Vaccination in Burma 1912-1922 - 1912-1922
Year: 1912
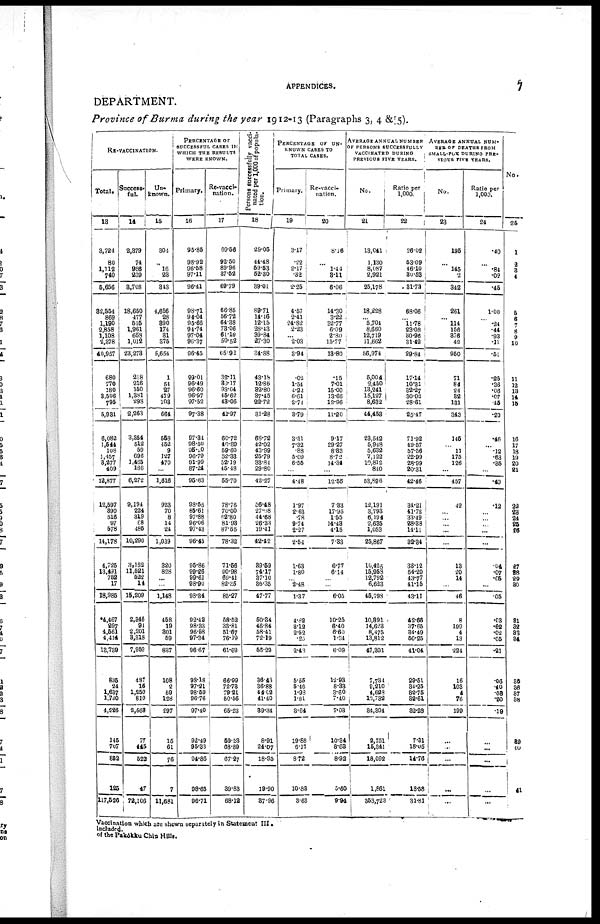
APPENDICES.
7
DEPARTMENT.
Province of Burma during the year 1912-13 (Paragraphs 3, 4 &. 5).
RE-VACCINATION.
Total.
18
3,724
80
1,112
740
5,656
32,554
869
1,190
2,858
1,108
2,378
40,957
680
770
180
8,506
795
5,931
6,082
1,544
108
1,457
3,277
409
12,877
12,597
390
516
97
578
14,178
4,725
13,491
752
17
18,985
*4,467
297
4,561
4,414
13,739
835
24
1,637
1,730
4,226
145
707
852
125
117,526
Success-
ful.
14
2,379
74
986
239
3,708
18,650
477
515
1,961
658
1,012
23,273
218
216
150
1,381
298
2,263
3,354
512
59
696
1,465
186
6,272
9,194
224
319
68
485
10,290
3,162
11,521
522
14
16,209
2,346
91
2,201
3,318
7,959
487
16
1,250
810
2,566
77
445
522
47
72,106
Un-
known.
15
304
...
16
23
343
4,656
28
390
174
31
375
5,654
1
64
27
479
108
664
558
452
9
127
470
...
1,616
923
70
8
14
24
1,039
320
828
...
...
1,148
458
19
301
59
837
108
2
59
128
297
16
61
76
7
11,681
PERCENTAGE OF
SUCCESSFUL CASES IN
WHICH THE RESULTS
WERE KNOWN.
Primary.
16
95.85
98.92
96.58
97.11
96.41
98.71
94.04
95.66
94.74
97.04
96.37
96.45
99.01
96.49
96.60
96.97
97.52
97.38
97.34
98.50
96.20
96.79
91.99
87.24
95.63
98.55
85.61
97.88
96.06
97.43
96.45
95.86
99.26
99.61
98.90
93.34
92.42
98.33
96.58
97.34
96.67
98.18
97.2l
98.59
96.76
97.40
92.49
95.33
94.86
98.65
96.71
Re-vacci-
nation.
17
69.56
92.50
89.96
37.62
69.79
66.85
56.72
64.38
73.06
61.10
50.52
65.92
32.11
80.17
98.04
45.62
48.06
42.97
60.72
46.89
59.60
52.33
52.19
45.48
55.70
78.76
70.00
62.80
81.93
87.55
78.32
71.56
90.98
69.41
82.35
85.27
58.52
33.81
51.67
76.19
61.69
66.99
72.73
79.21
50.56
65.23
59.23
68.89
67.27
39.83
68.12
P ersons successfully vacci-
nated per 1,000 of popula-
tion.
18
29.05
44.48
59.53
52.30
39.01
89.71
14.46
12.15
28.43
39.84
27.30
34.88
43.18
12.86
32.80
37.45
22.72
31.28
68.72
42.02
43.99
25.79
33.84
29.80
42.27
56.48
27.08
44.68
26.33
19.41
42.42
39.59
74.17
37.10
36.35
47.77
50.34
46.84
58.41
72.19
56.29
36.43
36.88
44.02
41.40
39.34
8.91
24.07
18.95
19.90
37.96
PERCENTAGE OF UN-
KNOWN CASES TO
TOTAL CASES.
Primary.
19
3.17
.22
2.17
.32
2.25
4.57
2.41
24.82
2.23
... 2.03
3.94
.02
1.54
4.22
6.61
2.74
3.79
3.31
7.32
.88
5.09
6.55
...
4.48
1.97
2.63
.78
9.74
2.27
2.54
1.63
1.80
... 2.48
1.37
4.82
3.12
2.52
.25
2.43
5.55
5.46
1.98
1.81
3.64
19.88
6.17
8.72
10.83
3.63
Re-vacci-
nation.
20
8.16
...
1.44
3.11
6.06
14.30
3.22
32.77
6.09
2.80
15.77
13.80
.15
7.01
15.00
13.66
12.96
11.20
9.17
29.27
8.33
8.72
14.34
...
12.55
7.33
17.95
1.55
14.48
4.15
7.33
6.77
6.14
...
...
6.05
10.25
6.40
6.60
1.34
6.09
12.93
8.33
3.60
7.40
7.03
10.34
8.63
8.92
5.60
9.94
AVERAGE ANNUAL NUMBER
OF PERSONS SUCCESSFULLY
VACCINATED DURING
PREVIOUS FIVE YEARS.
No.
21
13,041
1,130
8,087
2,921
25,178
18,228
... 5,704
8,660
12,719
11,662
56,974
5,004
2,450
13,241
15,127
8,632
44,458
23,542
5,948
5,632
7,122
10,812
840
53,896
12,191
3,793
6,194
2,635
1,053
25,867
10,425
15,958
12,792
6,623
45,798
10,391
14,623
8,475
13,812
47,301
7,734
9,210
4,623
13,732
34,304
2,751
15,341
18,092
1,861
353,723
Ratio per
1,000.
22
26.02
53.09
46.10
30.53
31.73
68.06
... 11.78
23.08
30.96
31.42
29.84
17.14
10.31
32.27
30.02
28.61
25.47
71.92
49.57
57.56
22.99
28.99
20.31
42.46
34.21
41.72
33.49
28.38
14.11
32.34
33.12
54.20
43.77
41.15
43.11
42.66
37.65
34.49
50.25
41.04
29.51
34.25
82.75
32.61
82.28
7.31
18.05
14.76
18.58
31.81
AVERAGE ANNUAL NUM-
BER OF DEATHS FROM
SMALL-POX DURING PRE-
VIOUS FIVE YEARS.
No.
23
195
...
145
2
342
261
... 114
156
376
42
950
71
84
24
32
131
343
145
...
11
175
126
...
457
42
...
...
... ...
...
13
20
14
...
46
8
199
4
13
224
16
103
4
76
199
...
...
...
...
...
Ratio per
1,000.
24
.40
...
.84
.02
.45
1.00
...
.24
.44
.93
.11
.51
.25
.36
.06
.07
.45
.20
.46
... .12
.63
.35
...
.40
.12
...
...
... ...
...
.04
.07
.05
...
05
.03
.62
.02
.05
.21
.06
.40
.08
.20
.19
...
...
...
...
...
No.
25
1
2
3
4
5
6
7
8
9
10
11
12
13
14
15
16
17
18
19
20
21
22
23
24
25
26
27
28
29
30
31
32
33
34
35
36
37
38
39
40
41
Vaccination which are shown separately in Statement III.
Included.
of the Pakôkku Chin Hills.